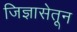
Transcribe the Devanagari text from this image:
जिज्ञासेतून